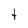
Character: t